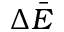
\Delta \bar { E }